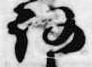
路